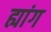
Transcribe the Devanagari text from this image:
ह्यांग